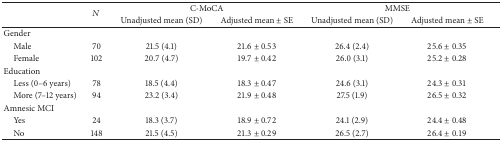
|  | <ROWSPAN=2> N | <COLSPAN=2> C-MoCA | <COLSPAN=2> MMSE |
 |  | Unadjusted mean (SD) | Adjusted mean ± SE | Unadjusted mean (SD) | Adjusted mean ± SE |
 | --- | --- | --- | --- | --- | --- |
 | Gender |  |  |  |  |  |
 | Male | 70 | 21.5 (4.1) | 21.6 ± 0.53 | 26.4 (2.4) | 25.6 ± 0.35 |
 | Female | 102 | 20.7 (4.7) | 19.7 ± 0.42 | 26.0 (3.1) | 25.2 ± 0.28 |
 | Education |  |  |  |  |  |
 | Less (0–6 years) | 78 | 18.5 (4.4) | 18.3 ± 0.47 | 24.6 (3.1) | 24.3 ± 0.31 |
 | More (7–12 years) | 94 | 23.2 (3.4) | 21.9 ± 0.48 | 27.5 (1.9) | 26.5 ± 0.32 |
 | Amnesic MCI |  |  |  |  |  |
 | Yes | 24 | 18.3 (3.7) | 18.9 ± 0.72 | 24.1 (2.9) | 24.4 ± 0.48 |
 | No | 148 | 21.5 (4.5) | 21.3 ± 0.29 | 26.5 (2.7) | 26.4 ± 0.19 |